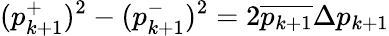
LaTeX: (p_{k+1}^{+})^{2}-(p_{k+1}^{-})^{2}=2\overline{{p_{k+1}}}\Delta p_{k+1}